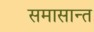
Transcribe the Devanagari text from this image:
समासान्त